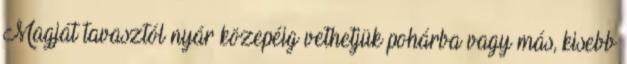
Magját tavasztól nyár közepéig vethetjük pohárba vagy más, kisebb